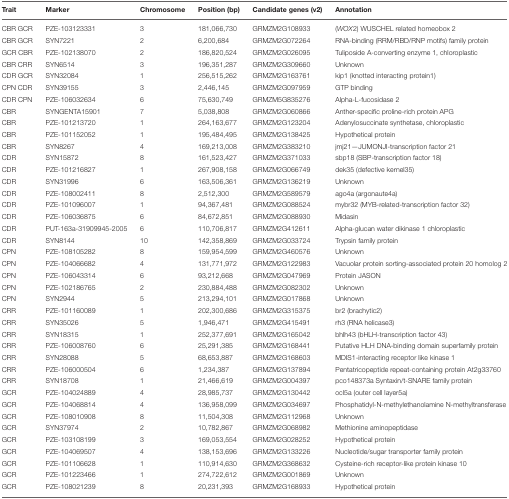
<table><thead><tr><td><b>Trait</b></td><td><b>Marker</b></td><td><b>Chromosome</b></td><td><b>Position (bp)</b></td><td><b>Candidate genes (v2)</b></td><td><b>Annotation</b></td></tr></thead><tbody><tr><td>CBR GCR</td><td>PZE-103123331</td><td>3</td><td>181,066,730</td><td>GRMZM2G108933</td><td>(<i>WOX</i>2) WUSCHEL related homeobox 2</td></tr><tr><td>CBR GCR</td><td>SYN7221</td><td>2</td><td>6,200,684</td><td>GRMZM2G072264</td><td>RNA-binding (RRM/RBD/RNP motifs) family protein</td></tr><tr><td>GCR CBR</td><td>PZE-102138070</td><td>2</td><td>186,820,524</td><td>GRMZM2G026095</td><td>Tuliposide A-converting enzyme 1, chloroplastic</td></tr><tr><td>CBR CRR</td><td>SYN6514</td><td>3</td><td>196,351,287</td><td>GRMZM2G309660</td><td>Unknown</td></tr><tr><td>CDR GCR</td><td>SYN32084</td><td>1</td><td>256,515,262</td><td>GRMZM2G163761</td><td>kip1 (knotted interacting protein1)</td></tr><tr><td>CPN CDR</td><td>SYN39155</td><td>3</td><td>2,446,145</td><td>GRMZM2G097959</td><td>GTP binding</td></tr><tr><td>CDR CPN</td><td>PZE-106032634</td><td>6</td><td>75,630,749</td><td>GRMZM5G835276</td><td>Alpha-L-fucosidase 2</td></tr><tr><td>CBR</td><td>SYNGENTA15901</td><td>7</td><td>5,038,808</td><td>GRMZM2G060866</td><td>Anther-specific proline-rich protein APG</td></tr><tr><td>CBR</td><td>PZE-101213720</td><td>1</td><td>264,163,677</td><td>GRMZM2G123204</td><td>Adenylosuccinate synthetase, chloroplastic</td></tr><tr><td>CBR</td><td>PZE-101152052</td><td>1</td><td>195,484,495</td><td>GRMZM2G138425</td><td>Hypothetical protein</td></tr><tr><td>CBR</td><td>SYN8267</td><td>4</td><td>169,213,008</td><td>GRMZM2G383210</td><td>jmj21—JUMONJI-transcription factor 21</td></tr><tr><td>CDR</td><td>SYN15872</td><td>8</td><td>161,523,427</td><td>GRMZM2G371033</td><td>sbp18 (SBP-transcription factor 18)</td></tr><tr><td>CDR</td><td>PZE-101216827</td><td>1</td><td>267,908,158</td><td>GRMZM2G066749</td><td>dek35 (defective kernel35)</td></tr><tr><td>CDR</td><td>SYN31996</td><td>6</td><td>163,506,361</td><td>GRMZM2G136219</td><td>Unknown</td></tr><tr><td>CDR</td><td>PZE-108002411</td><td>8</td><td>2,512,300</td><td>GRMZM2G589579</td><td>ago4a (argonaute4a)</td></tr><tr><td>CDR</td><td>PZE-101096007</td><td>1</td><td>94,367,481</td><td>GRMZM2G088524</td><td>mybr32 (MYB-related-transcription factor 32)</td></tr><tr><td>CDR</td><td>PZE-106036875</td><td>6</td><td>84,672,851</td><td>GRMZM2G088930</td><td>Midasin</td></tr><tr><td>CDR</td><td>PUT-163a-31909945-2005</td><td>6</td><td>110,706,817</td><td>GRMZM2G412611</td><td>Alpha-glucan water dikinase 1 chloroplastic</td></tr><tr><td>CDR</td><td>SYN8144</td><td>10</td><td>142,358,869</td><td>GRMZM2G033724</td><td>Trypsin family protein</td></tr><tr><td>CPN</td><td>PZE-108105282</td><td>8</td><td>159,954,599</td><td>GRMZM2G460576</td><td>Unknown</td></tr><tr><td>CPN</td><td>PZE-104066682</td><td>4</td><td>131,771,972</td><td>GRMZM2G122983</td><td>Vacuolar protein sorting-associated protein 20 homolog 2</td></tr><tr><td>CPN</td><td>PZE-106043314</td><td>6</td><td>93,212,668</td><td>GRMZM2G047969</td><td>Protein JASON</td></tr><tr><td>CPN</td><td>PZE-102186765</td><td>2</td><td>230,884,488</td><td>GRMZM2G082302</td><td>Unknown</td></tr><tr><td>CPN</td><td>SYN2944</td><td>5</td><td>213,294,101</td><td>GRMZM2G017868</td><td>Unknown</td></tr><tr><td>CRR</td><td>PZE-101160089</td><td>1</td><td>202,300,686</td><td>GRMZM2G315375</td><td>br2 (brachytic2)</td></tr><tr><td>CRR</td><td>SYN35026</td><td>5</td><td>1,946,471</td><td>GRMZM2G415491</td><td>rh3 (RNA helicase3)</td></tr><tr><td>CRR</td><td>SYN18315</td><td>1</td><td>252,377,691</td><td>GRMZM2G165042</td><td>bhlh43 (bHLH-transcription factor 43)</td></tr><tr><td>CRR</td><td>PZE-106008760</td><td>6</td><td>25,291,385</td><td>GRMZM2G168441</td><td>Putative HLH DNA-binding domain superfamily protein</td></tr><tr><td>CRR</td><td>SYN28088</td><td>5</td><td>68,653,887</td><td>GRMZM2G168603</td><td>MDIS1-interacting receptor like kinase 1</td></tr><tr><td>CRR</td><td>PZE-106000504</td><td>6</td><td>1,234,387</td><td>GRMZM2G137894</td><td>Pentatricopeptide repeat-containing protein At2g33760</td></tr><tr><td>CRR</td><td>SYN18708</td><td>1</td><td>21,466,619</td><td>GRMZM2G004397</td><td>pco148373a Syntaxin/t-SNARE family protein</td></tr><tr><td>GCR</td><td>PZE-104024889</td><td>4</td><td>28,985,737</td><td>GRMZM2G130442</td><td>ocl5a (outer cell layer5a)</td></tr><tr><td>GCR</td><td>PZE-104068814</td><td>4</td><td>136,958,099</td><td>GRMZM2G034697</td><td>Phosphatidyl-N-methylethanolamine N-methyltransferase</td></tr><tr><td>GCR</td><td>PZE-108010908</td><td>8</td><td>11,504,308</td><td>GRMZM2G112968</td><td>Unknown</td></tr><tr><td>GCR</td><td>SYN37974</td><td>2</td><td>10,782,867</td><td>GRMZM2G068982</td><td>Methionine aminopeptidase</td></tr><tr><td>GCR</td><td>PZE-103108199</td><td>3</td><td>169,053,554</td><td>GRMZM2G028252</td><td>Hypothetical protein</td></tr><tr><td>GCR</td><td>PZE-104069507</td><td>4</td><td>138,153,696</td><td>GRMZM2G133226</td><td>Nucleotide/sugar transporter family protein</td></tr><tr><td>GCR</td><td>PZE-101106628</td><td>1</td><td>110,914,630</td><td>GRMZM2G368632</td><td>Cysteine-rich receptor-like protein kinase 10</td></tr><tr><td>GCR</td><td>PZE-101223466</td><td>1</td><td>274,722,612</td><td>GRMZM2G001869</td><td>Unknown</td></tr><tr><td>GCR</td><td>PZE-108021239</td><td>8</td><td>20,231,393</td><td>GRMZM2G168933</td><td>Hypothetical protein</td></tr></tbody></table>